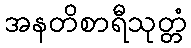
အနတိစာရီသုတ္တံ